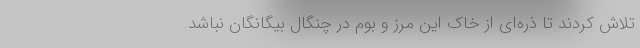
تلاش کردند تا ذره‌ای از خاک این مرز و بوم در چنگال بیگانگان نباشد.